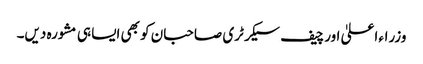
وزراء اعلیٰ اور چیف سیکرٹری صاحبان کو بھی ایسا ہی مشورہ دیں۔